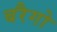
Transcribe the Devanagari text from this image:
बरैगो